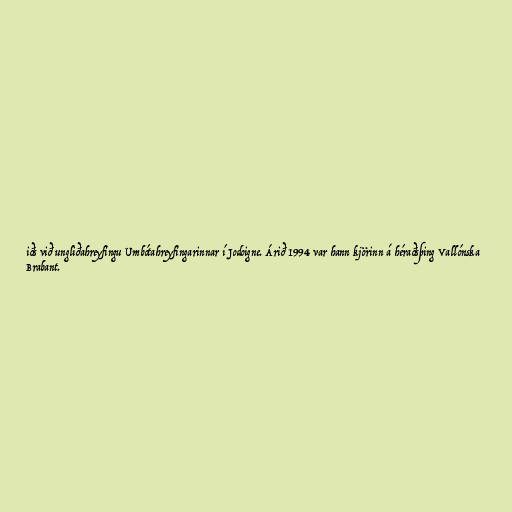
iðs við ungliðahreyfingu Umbótahreyfingarinnar í Jodoigne. Árið 1994 var hann kjörinn á héraðsþing Vallónska
Brabant.